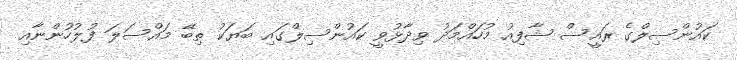
ކައުންސިލްގެ ރައީސް ޝާފިއު މުހައްމަދު ވިދާޅުވީ ކައުންސިލްގައި ބަޔަކު ތިބޭ މައްސަލަ ފުލުހުންނާއި